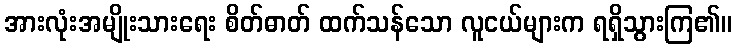
အားလုံးအမျိုးသားရေး စိတ်ဓာတ် ထက်သန်သော လူငယ်များက ရရှိသွားကြ၏။